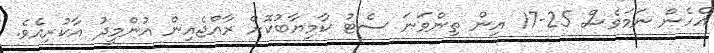
އެހެން ނަމަވެސް 25-17 އިން ތިންވަނަ ސެޓު ކާމިޔާބުކޮށް ރާއްޖެއިން އުންމީދު އާކުރިއެވެ.